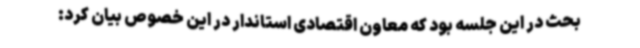
بحث در این جلسه بود که معاون اقتصادی استاندار در این خصوص بیان کرد: